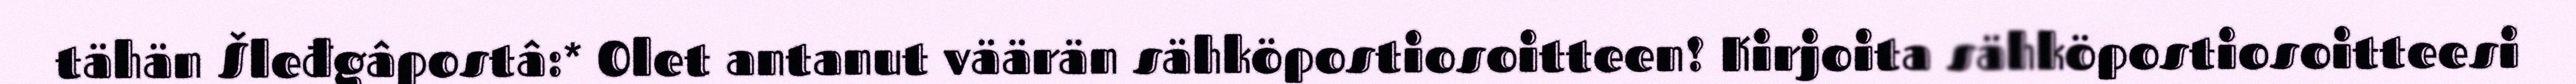
tähän Šleđgâpostâ:* Olet antanut väärän sähköpostiosoitteen! Kirjoita sähköpostiosoitteesi